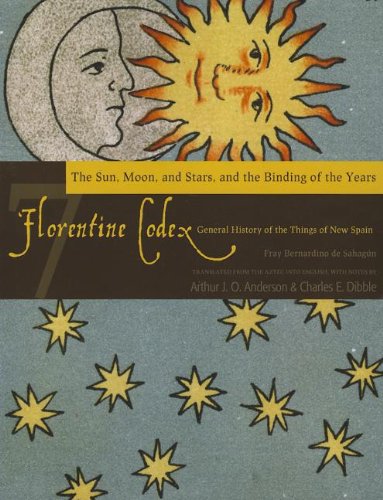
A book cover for Florentine Codex: Book 7: Book 7: The Sun, the Moon and Stars, and the Binding of the Years (Florentine Codex: General History of the Things of New Spain); Bernardino de Sahagun; History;